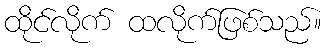
ထိုင်လိုက် ထလိုက်ဖြစ်သည်။